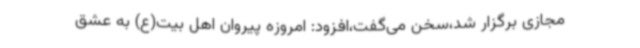
مجازی برگزار شد،سخن می‌گفت،افزود: امروزه پیروان اهل بیت(ع) به عشق